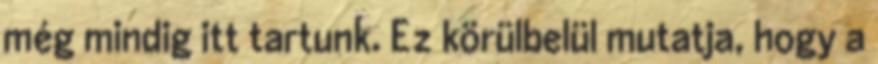
még mindig itt tartunk. Ez körülbelül mutatja, hogy a